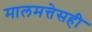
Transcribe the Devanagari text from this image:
मालमत्तेसही